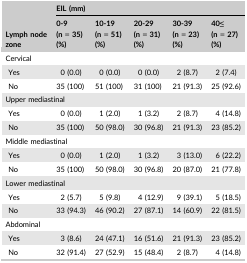
<table><thead><tr><td rowspan="2"><b>Lymph node zone</b></td><td colspan="5"><b>EIL (mm)</b></td></tr><tr><td><b>0‐9 (n = 35) (%)</b></td><td><b>10‐19 (n = 51) (%)</b></td><td><b>20‐29 (n = 31) (%)</b></td><td><b>30‐39 (n = 23) (%)</b></td><td><b>40≤ (n = 27) (%)</b></td></tr></thead><tbody><tr><td colspan="6">Cervical</td></tr><tr><td>Yes</td><td>0 (0.0)</td><td>0 (0.0)</td><td>0 (0.0)</td><td>2 (8.7)</td><td>2 (7.4)</td></tr><tr><td> No</td><td>35 (100)</td><td>51 (100)</td><td>31 (100)</td><td>21 (91.3)</td><td>25 (92.6)</td></tr><tr><td colspan="6">Upper mediastinal</td></tr><tr><td> Yes</td><td>0 (0.0)</td><td>1 (2.0)</td><td>1 (3.2)</td><td>2 (8.7)</td><td>4 (14.8)</td></tr><tr><td> No</td><td>35 (100)</td><td>50 (98.0)</td><td>30 (96.8)</td><td>21 (91.3)</td><td>23 (85.2)</td></tr><tr><td colspan="6">Middle mediastinal</td></tr><tr><td> Yes</td><td>0 (0.0)</td><td>1 (2.0)</td><td>1 (3.2)</td><td>3 (13.0)</td><td>6 (22.2)</td></tr><tr><td> No</td><td>35 (100)</td><td>50 (98.0)</td><td>30 (96.8)</td><td>20 (87.0)</td><td>21 (77.8)</td></tr><tr><td colspan="6">Lower mediastinal</td></tr><tr><td> Yes</td><td>2 (5.7)</td><td>5 (9.8)</td><td>4 (12.9)</td><td>9 (39.1)</td><td>5 (18.5)</td></tr><tr><td> No</td><td>33 (94.3)</td><td>46 (90.2)</td><td>27 (87.1)</td><td>14 (60.9)</td><td>22 (81.5)</td></tr><tr><td colspan="6">Abdominal</td></tr><tr><td> Yes</td><td>3 (8.6)</td><td>24 (47.1)</td><td>16 (51.6)</td><td>21 (91.3)</td><td>23 (85.2)</td></tr><tr><td> No</td><td>32 (91.4)</td><td>27 (52.9)</td><td>15 (48.4)</td><td>2 (8.7)</td><td>4 (14.8)</td></tr></tbody></table>